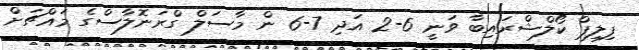
ފިލިޕް ކޯލްޝްރައިބާ ވަނީ 6-2 އަދި 7-6 ން މާސަލް ގްރަނޮލާސްގެ މައްޗަށް